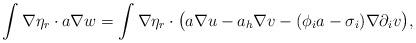
LaTeX: \begin{align*}\int\nabla\eta_r\cdot a\nabla w=\int\nabla\eta_r\cdot\big(a\nabla u-a_h\nabla v-(\phi_ia-\sigma_i)\nabla\partial_iv\big),\end{align*}